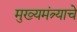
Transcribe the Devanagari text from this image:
मुख्यमंत्र्याचे